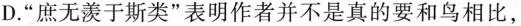
D.”庶无羡于斯类”表明作者并不是真的要和鸟相比，